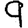
Digit: 9